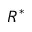
R ^ { * }